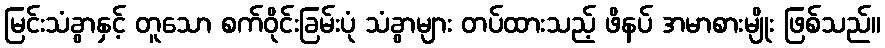
မြင်းသံခွာနှင့် တူသော စက်ဝိုင်းခြမ်းပုံ သံခွာများ တပ်ထားသည့် ဖိနပ် အမာစားမျိုး ဖြစ်သည်။